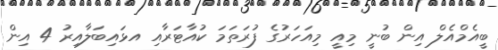
ބީއެމްއެލް އިން ބުނީ މިއީ މިއަހަރުގެ ފުރަތަމަ ކުއާޓަރާއި އޅައިބަލާއިރު 4 އިން